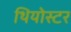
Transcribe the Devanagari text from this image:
थियोस्टर